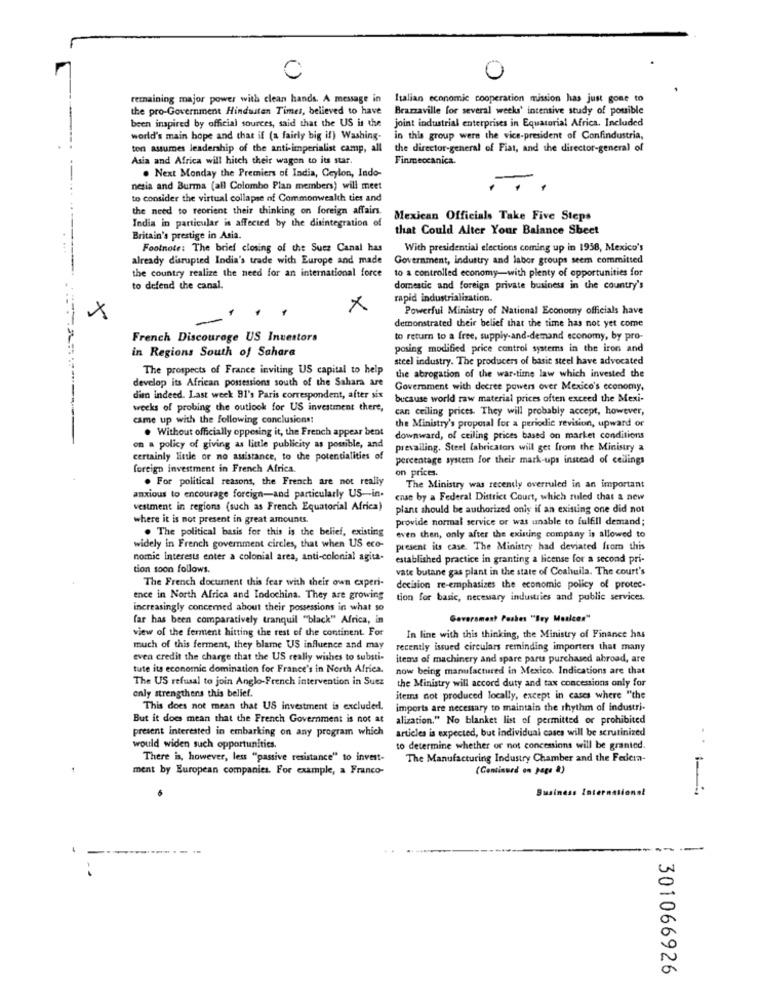
C
0
remaining major power with clean hands. A message in Italian economic cooperation mission has just gone to
the pro-Government Hindustan Times, believed to have Brazzaville for several weeks' intensive study of possible
been inspired by official sources, said that the US is the
joint industrial enterprises in Equatorial Africa. Included
world's main hope and that if (a fairly big if) Washing-
in this group were the vice-president of Confindustria,
ton assumes leadership of the anti-imperialist camp, all
the director-general of Fiat, and the director-general of
Asia and Africa will hitch their wagon to its star.
Finmeccanica.
. Next Monday the Premiers of India, Ceylon, Indo-
nesia and Burma (all Colombo Plan members) will meet
to consider the virtual collapse of Commonwealth ties and
the need to reorient their thinking on foreign affairs.
India in particular is affected by the disintegration of
Mexican Officials Take Five Steps
that Could Alter Your Balance Sheet
Britain's prestige in Asia.
Footnote: The brief closing of the Suez Canal has
With presidential elections coming up in 1938, Mexico's
already disrupted India's trade with Europe and made
Government, industry and labor groups seem committed
the country realize the need for an international force
to a controlled economy-with plenty of opportunities for
to defend the canal.
domestic and foreign private business in the country's
rapid industrialization.
×
Powerful Ministry of National Economy officials have
×
demonstrated their belief that the time has not yet come
French Discourage US Investors
to return to a free, supply-and-demand economy, by pro-
in Regions South of Sahara
posing modified price control systems in the iron and
steel industry. The producers of basic steel have advocated
The prospects of France inviting US capital to help
develop its African possessions south of the Sahara are
the abrogation of the war-time law which invested the
Government with decree powers over Mexico's economy,
dim indeed. Last week 91's Paris correspondent, after six
because world raw material prices often exceed the Mexi-
weeks of probing the outlook for US investment there,
can ceiling prices. They will probably accept, however,
came up with the following conclusions!
the Ministry's proposal for a periodic revision, upward or
. Without officially oppesing it, the French appear bent
downward, of ceiling prices based on market conditions
on a policy of giving as little publicity as possible, and
prevailing. Steel fabricators will get from the Ministry a
certainly little or no assistance, to the potentialities of
percentage systern for their mark-ups instead of ceilings
foreign investment in French Africa.
on prices.
. For political reasons, the French are not really
anxious to encourage foreign-and particularly US-in-
The Ministry was recently overruled in an important
ense by a Federal District Court, which ruled that a new
vestment in regions (such as French Equatorial Africa)
plant should be authorized only if an existing one did not
where it is not present in great amounts.
provide normal service or was unable to fulfill demand;
. The political basis for this is the belief, existing
even then, only after the existing company is allowed to
widely in French government circles, that when US eco-
present its case. The Ministry had deviated from this
nomic Interests enter a colonial area, anti-colonial agita-
established practice in granting a license for a second pri-
tion soon follows.
vate butane gas plant in the state of Coahuila. The court's
The French document this fear with their own experi-
decision re-emphasizes the economic policy of protec-
ence in North Africa and Indochina. They are growing
tion for basic, necessary industries and public services.
increasingly concerned about their possessions in what so
far has been comparatively tranquil ""black" Africa, in
Government Pushes "Bry Mealces"
view of the ferment hitting the rest of the continent. For
In line with this thinking, the Ministry of Finance has
much of this ferment, they blame US influence and may
recently issued circulars reminding importers that many
even credit the charge that the US really wishes to substi-
items of machinery and spare parts purchased abroad, are
tute its economic domination for France's in North Africa.
now being manufactured in Mexico. Indications are that
The US refusal to join Anglo-French intervention in Suez
the Ministry will accord duty and tax concessions only for
only strengthens this belief.
items not produced locally, except in cases where "the
This does not mean that US investment is excluded.
imports are necessary to maintain the rhythm of industri-
But it does mean that the French Government is not at
alization." No blanket list of permitted or prohibited
articles is expected, but individual cases will be scrutinized
present interested in embarking on any program which
would widen such opportunities.
to determine whether or not concessions will be granted.
There is, however, less "passive resistance" to invest-
The Manufacturing Industry Chamber and the Federa-
ment by European companies. For example, a Franco-
(Continued on page &)
Business International
-.-
--
301066926